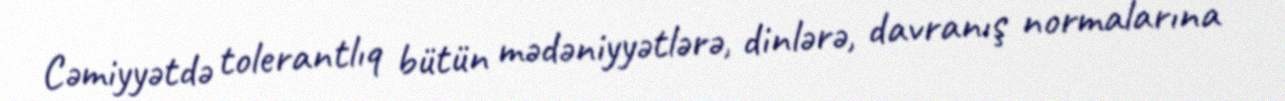
Cəmiyyətdə tolerantlıq bütün mədəniyyətlərə, dinlərə, davranış normalarına